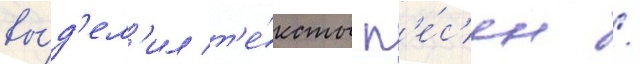
вы́д'ел'ил т'е́ксты п'е́с'ен /